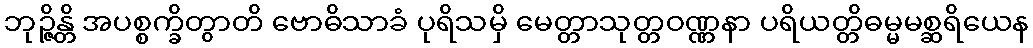
ဘုဉ္ဇိန္တိ အပစ္စက္ခိတွာတိ ဗောဓိသာခံ ပုရိသမှိ မေတ္တာသုတ္တဝဏ္ဏနာ ပရိယတ္တိဓမ္မမစ္ဆရိယေန